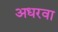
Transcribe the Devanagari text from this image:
अधरवा